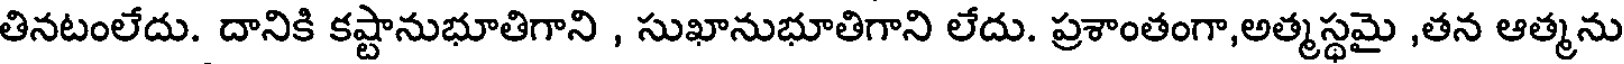
తినటంలేదు. దానికి కష్టానుభూతిగాని , సుఖానుభూతిగాని లేదు. ప్రశాంతంగా,అత్మస్థమై ,తన ఆత్మను